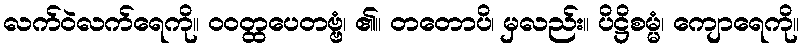
လက်ဝဲလက်ရေကို။ ဝဝတ္ထပေတဗ္ဗံ၊ ၏။ တတောပိ၊ မှလည်း။ ပိဋ္ဌိစမ္မံ၊ ကျောရေကို။